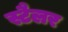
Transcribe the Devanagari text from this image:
स्टैलर